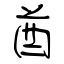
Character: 酋